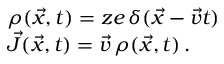
\begin{array} { l } { \displaystyle \rho ( \vec { x } , t ) = z e \, \delta ( \vec { x } - \vec { v } t ) } \\ { \displaystyle \vec { J } ( \vec { x } , t ) = \vec { v } \, \rho ( \vec { x } , t ) \, . } \end{array}